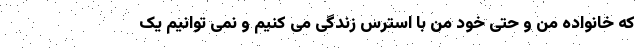
که خانواده من و حتی خود من با استرس زندگی می کنیم و نمی توانیم یک